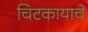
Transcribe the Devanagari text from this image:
चिटकायाचे